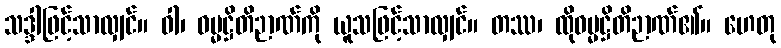
သဒ္ဒါဖြင့်သာလျှင်။ ဝါ၊ ဓမ္မဋ္ဌိတိဉာဏ်ကို ယူသဖြင့်သာလျှင်။ တဿ၊ ထိုဓမ္မဋ္ဌိတိဉာဏ်၏။ ဟေတု